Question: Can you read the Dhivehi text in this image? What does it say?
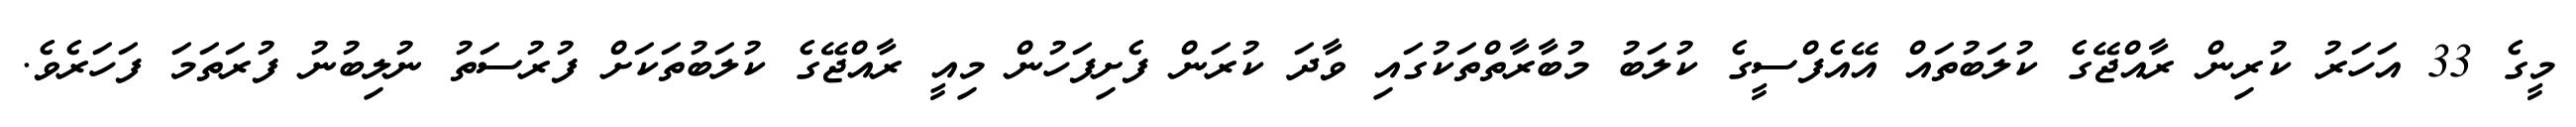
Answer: މީގެ 33 އަހަރު ކުރިން ރާއްޖޭގެ ކުލަބުތައް އޭއެފްސީގެ ކުލަބު މުބާރާތްތަކުގައި ވާދަ ކުރަން ފެށިފަހުން މިއީ ރާއްޖޭގެ ކުލަބުތަކަށް ފުރުސަތު ނުލިބުނު ފުރަތަމަ ފަހަރެވެ.